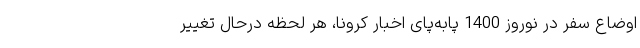
اوضاع سفر در نوروز 1400 پابه‌پای اخبار کرونا، هر لحظه درحال تغییر